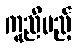
ကူညီမည့်